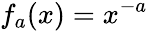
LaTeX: f_{a}(x)=x^{-a}